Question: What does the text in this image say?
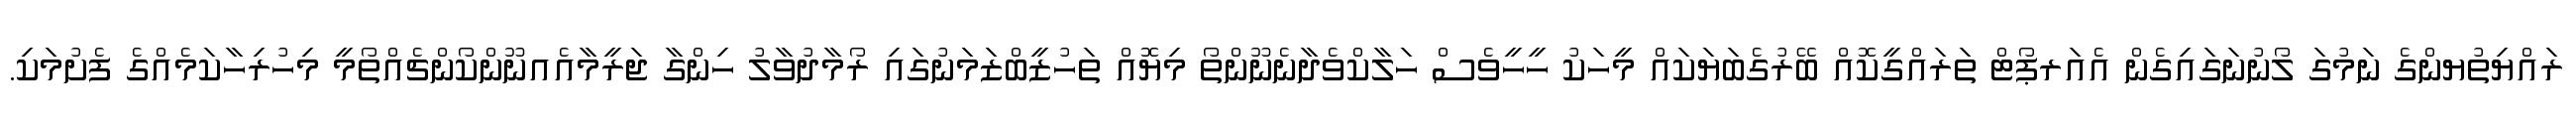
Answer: ރައްޔިތުޔންގެ ނަމުގަ ލޯނުނަގައިގެން އެއަރޕޯޓް ތަރައްގީކޮއް ބޭރުގެބަޔަކައް މީހަކު ހީހީވެސް ހަލާކްވެދާނެނޫންތޯ މިޔޮއް ތަހުޒީބްޒަމަނުގައި ރޯމާދުވާލު ހިންގާ ޖަރީމާއެއނޫންކޯންޗެއްތޯމީ މިހުރިހާކަމެއްގެ ފެށުމަކި.